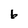
Character: 6